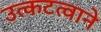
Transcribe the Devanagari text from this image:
उत्कटत्वाने